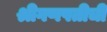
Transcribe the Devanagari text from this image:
श्रीगणपतीची